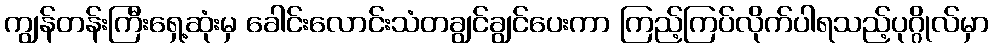
ကျွန်တန်းကြီးရှေ့ဆုံးမှ ခေါင်းလောင်းသံတချွင်ချွင်ပေးကာ ကြည့်ကြပ်လိုက်ပါရသည့်ပုဂ္ဂိုလ်မှာ